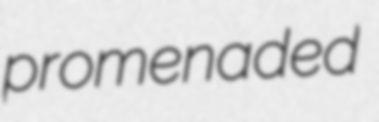
promenaded